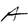
Character: A